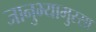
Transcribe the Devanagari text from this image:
जानुभ्यामुरसा